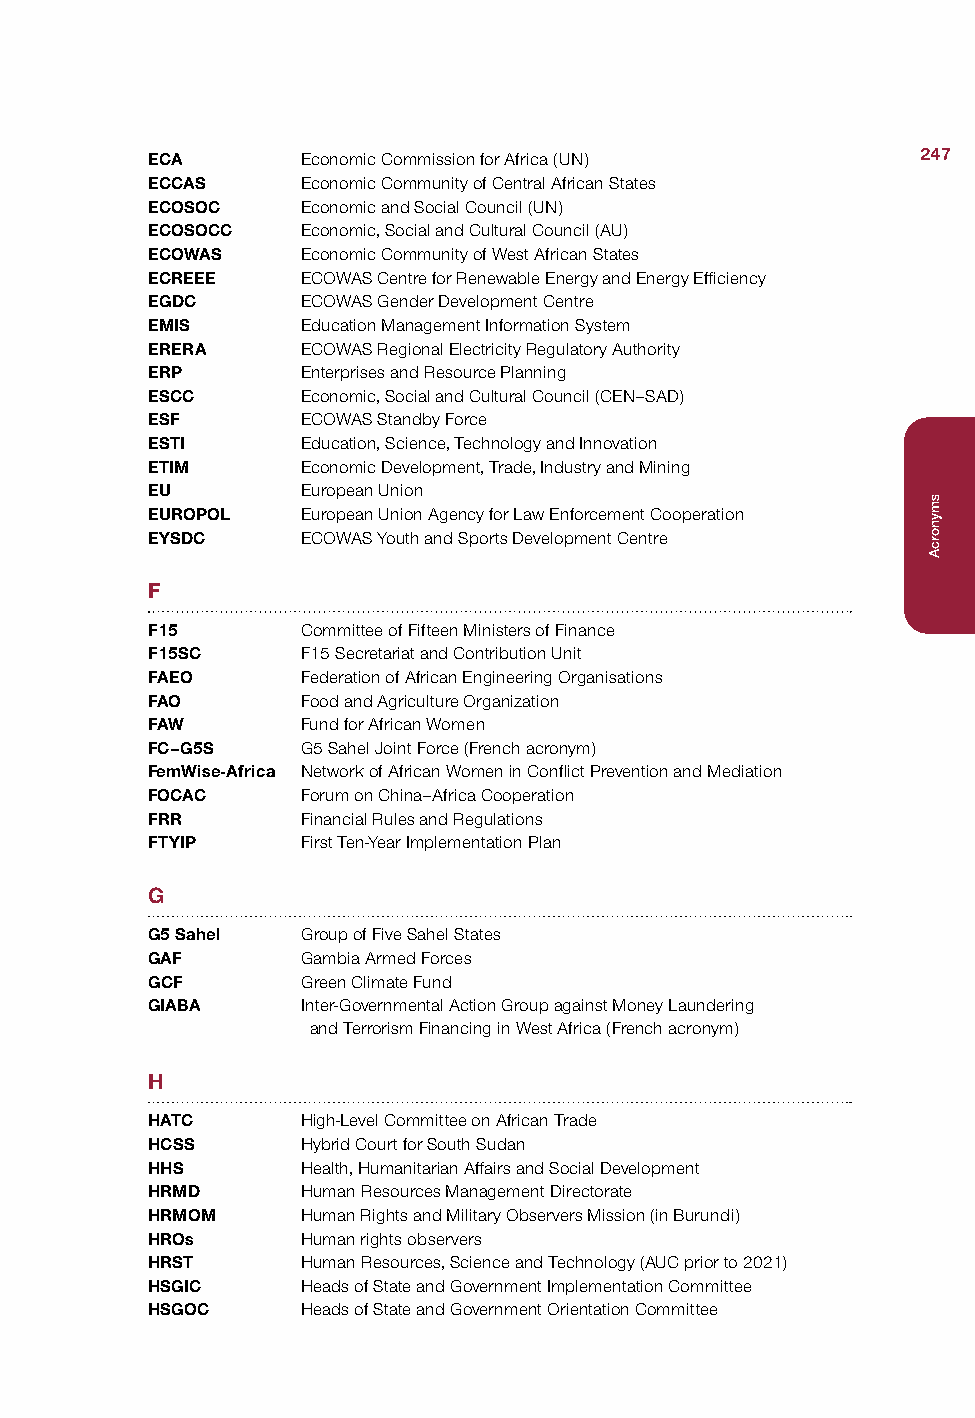
ECA       Economic Commission for Africa (UN)      247
 ECCAS     Economic Community of Central African States
 ECOSOC    Economic and Social Council (UN)
 ECOSOCC   Economic, Social and Cultural Council (AU)
 ECOWAS    Economic Community of West African States
 ECREEE    ECOWAS Centre for Renewable Energy and Energy Efficiency
 EGDC      ECOWAS Gender Development Centre
 EMIS      Education Management Information System
 ERERA     ECOWAS Regional Electricity Regulatory Authority
 ERP       Enterprises and Resource Planning
 ESCC      Economic, Social and Cultural Council (CEN–SAD)
 ESF       ECOWAS Standby Force
 ESTI      Education, Science, Technology and Innovation
 ETIM      Economic Development, Trade, Industry and Mining
 EU        European Union
 EUROPOL   European Union Agency for Law Enforcement Cooperation
 EYSDC     ECOWAS Youth and Sports Development Centre
 F
 F15       Committee of Fifteen Ministers of Finance
 F15SC     F15 Secretariat and Contribution Unit
 FAEO      Federation of African Engineering Organisations
 FAO       Food and Agriculture Organization
 FAW       Fund for African Women
 FC–G5S    G5 Sahel Joint Force (French acronym)
 FemWise-Africa Network of African Women in Conflict Prevention and Mediation
 FOCAC     Forum on China–Africa Cooperation
 FRR       Financial Rules and Regulations
 FTYIP     First Ten-Year Implementation Plan
 G
 G5 Sahel  Group of Five Sahel States
 GAF       Gambia Armed Forces
 GCF       Green Climate Fund
 GIABA     Inter-Governmental Action Group against Money Laundering
 and Terrorism Financing in West Africa (French acronym)
 H
 HATC      High-Level Committee on African Trade
 HCSS      Hybrid Court for South Sudan
 HHS       Health, Humanitarian Affairs and Social Development
 HRMD      Human Resources Management Directorate
 HRMOM     Human Rights and Military Observers Mission (in Burundi)
 HROs      Human rights observers
 HRST      Human Resources, Science and Technology (AUC prior to 2021)
 HSGIC     Heads of State and Government Implementation Committee
 HSGOC     Heads of State and Government Orientation Committee
 smynorcA